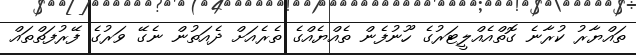
ތައްޔާރު ކުރާނެ ގޮތްއެއްލީޓަރުގެ ހޫނުފެން ތެއްޔެއްގެ ތެރެއަށް ދެއަތުން ނެގޭ ވަރުގެ ފޭރުފަތްތައް